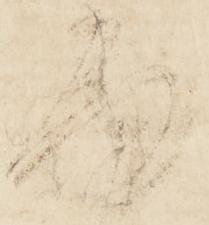
面